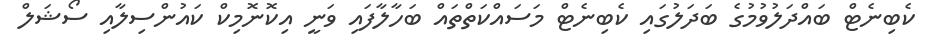
ކެބިނެޓް ބައްދަލުވުމުގެ ބަދަލުގައި ކެބިނެޓް މަސައްކަތްތައް ބަހާލާފައި ވަނީ އިކޮނޮމިކް ކައުންސިލާއި ސޯޝަލް